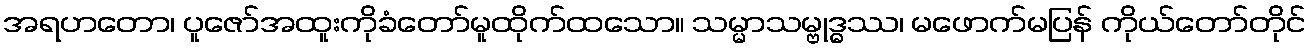
အရဟတော၊ ပူဇော်အထူးကိုခံတော်မူထိုက်ထသော။ သမ္မာသမ္ဗုဒ္ဓဿ၊ မဖောက်မပြန် ကိုယ်တော်တိုင်